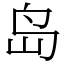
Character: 岛